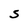
Character: S